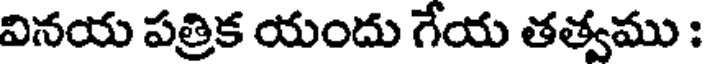
వినయ పత్రిక యందు గేయ తత్వము :